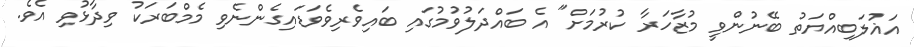
އަޣުލަބިއްޔަތު ބޭނުންވީ މުޒާހަރާ ކުރުމަށް" އެ ބައްދަލުވުމުގައި ބައިވެރިވެވަޑައިގެންނެވި މެމްބަރަކު ވިދާޅުވި އެވެ.